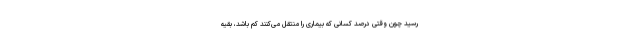
رسید چون وقتی درصد کسانی که بیماری را منتقل می‌کنند کم باشد، بقیه